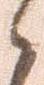
々